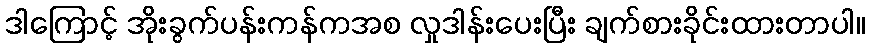
ဒါကြောင့် အိုးခွက်ပန်းကန်ကအစ လှုဒါန်းပေးပြီး ချက်စားခိုင်းထားတာပါ။